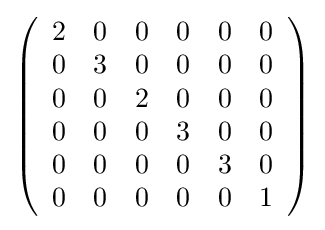
{\textstyle \left({\begin{array}{rrrrrr}2&0&0&0&0&0\\0&3&0&0&0&0\\0&0&2&0&0&0\\0&0&0&3&0&0\\0&0&0&0&3&0\\0&0&0&0&0&1\\\end{array}}\right)}